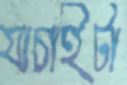
যাচাইটা